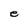
Character: e